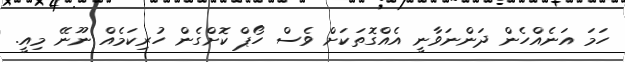
ހަމަ އަނެއްހެން ދަންނަވާނީ އެއްގޮތަކަށް ވެސް ހޯޕް ކޮށްގެން ހުރިކަމެއް ނޫނޭ މިއީ.